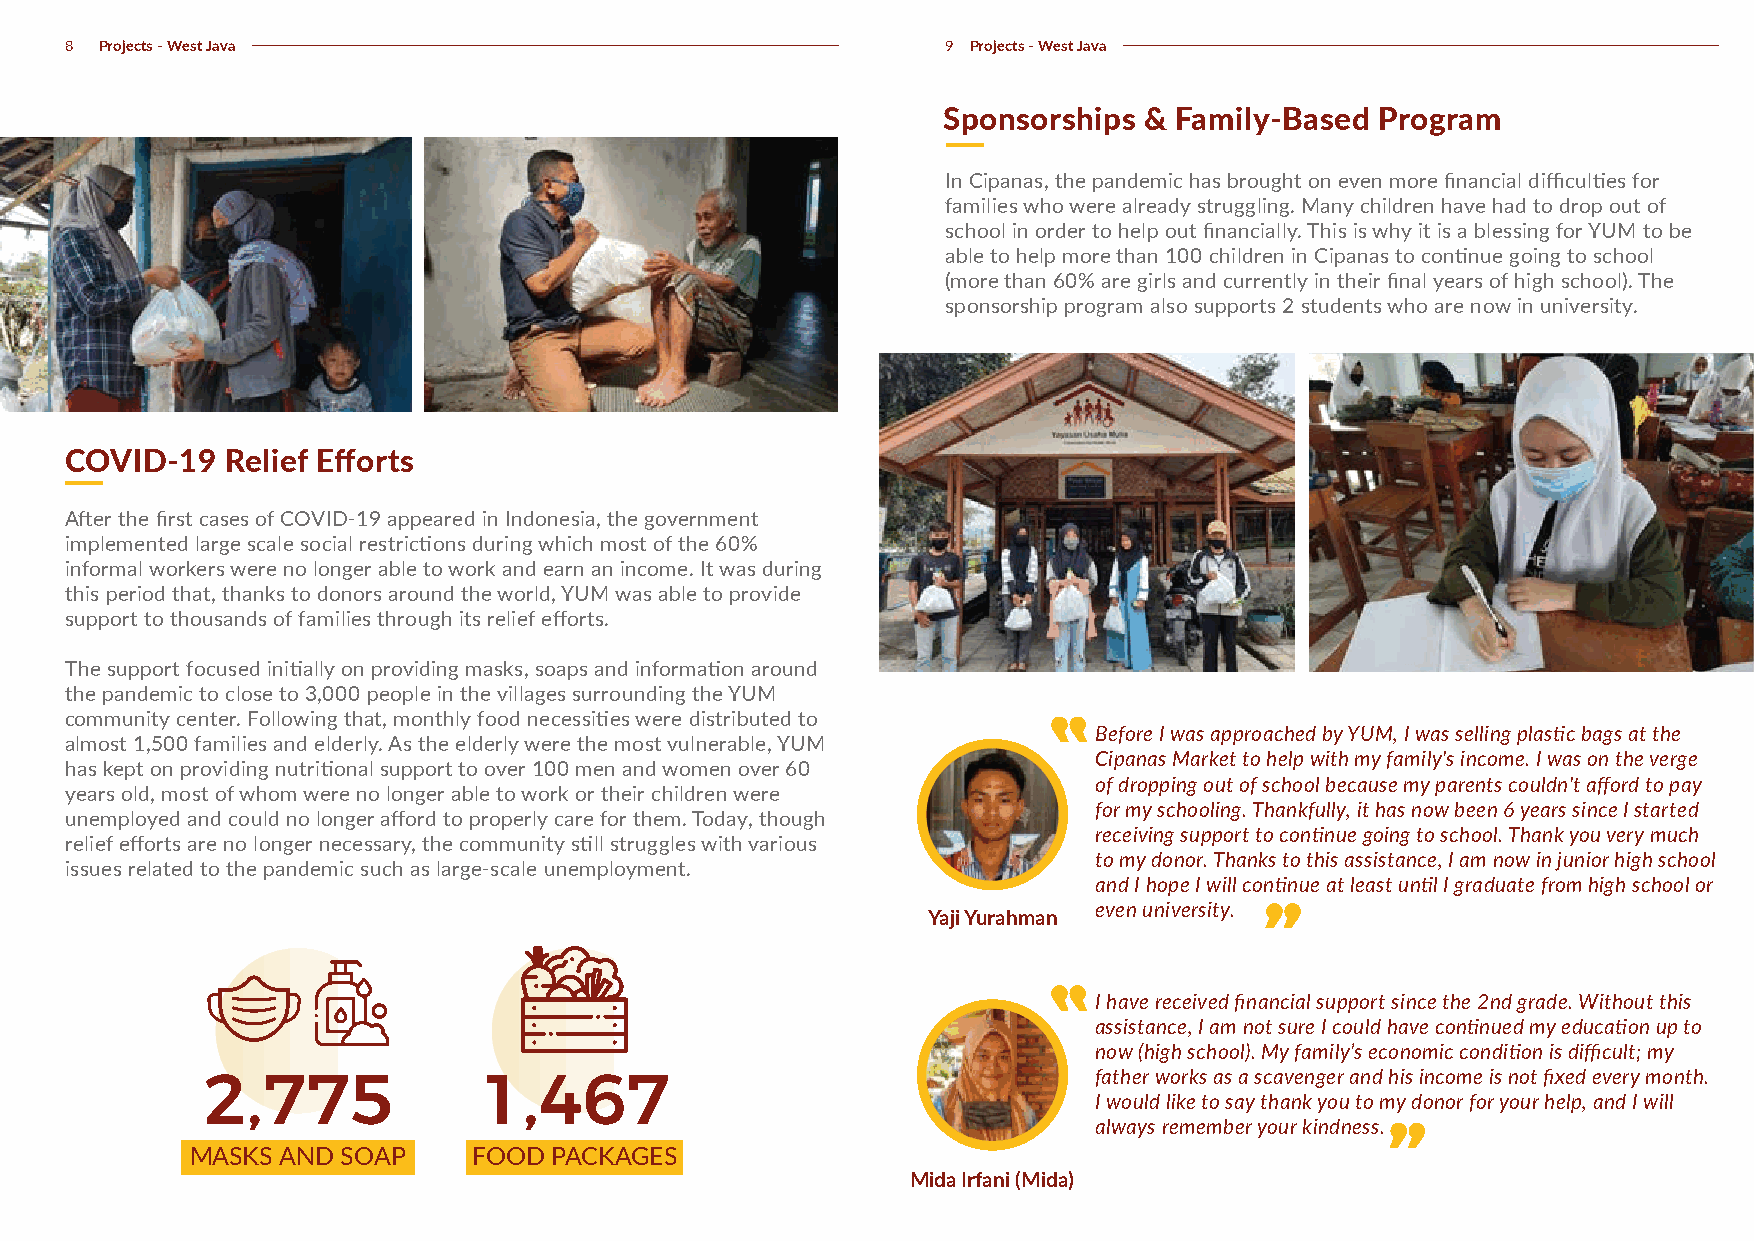
8  Projects - West Java                                    9 Projects - West Java
 Sponsorships  & Family-Based Program
 In Cipanas, the pandemic has brought on even more financial difficulties for
 families who were already struggling. Many children have had to drop out of
 school in order to help out financially. This is why it is a blessing for YUM to be
 able to help more than 100 children in Cipanas to continue going to school
 (more than 60% are girls and currently in their final years of high school). The
 sponsorship program also supports 2 students who are now in university.
 COVID-19   Relief Efforts
 After the first cases of COVID-19 appeared in Indonesia, the government
 implemented large scale social restrictions during which most of the 60%
 informal workers were no longer able to work and earn an income. It was during
 this period that, thanks to donors around the world, YUM was able to provide
 support to thousands of families through its relief efforts.
 The support focused initially on providing masks, soaps and information around
 the pandemic to close to 3,000 people in the villages surrounding the YUM
 community center. Following that, monthly food necessities were distributed to
 Before I was approached by YUM, I was selling plastic bags at the
 almost 1,500 families and elderly. As the elderly were the most vulnerable, YUM
 Cipanas Market to help with my family's income. I was on the verge
 has kept on providing nutritional support to over 100 men and women over 60
 of dropping out of school because my parents couldn't afford to pay
 years old, most of whom were no longer able to work or their children were
 for my schooling. Thankfully, it has now been 6 years since I started
 unemployed and could no longer afford to properly care for them. Today, though
 receiving support to continue going to school. Thank you very much
 relief efforts are no longer necessary, the community still struggles with various
 to my donor. Thanks to this assistance, I am now in junior high school
 issues related to the pandemic such as large-scale unemployment.
 and I hope I will continue at least until I graduate from high school or
 even university.
 Yaji Yurahman
 I have received financial support since the 2nd grade. Without this
 assistance, I am not sure I could have continued my education up to
 now (high school). My family’s economic condition is difficult; my
 2,775              1,467                                   father works as a scavenger and his income is not fixed every month.
 I would like to say thank you to my donor for your help, and I will
 always remember your kindness.
 MASKS AND SOAP    FOOD PACKAGES
 Mida Irfani (Mida)